Riigikantselei, lk 26
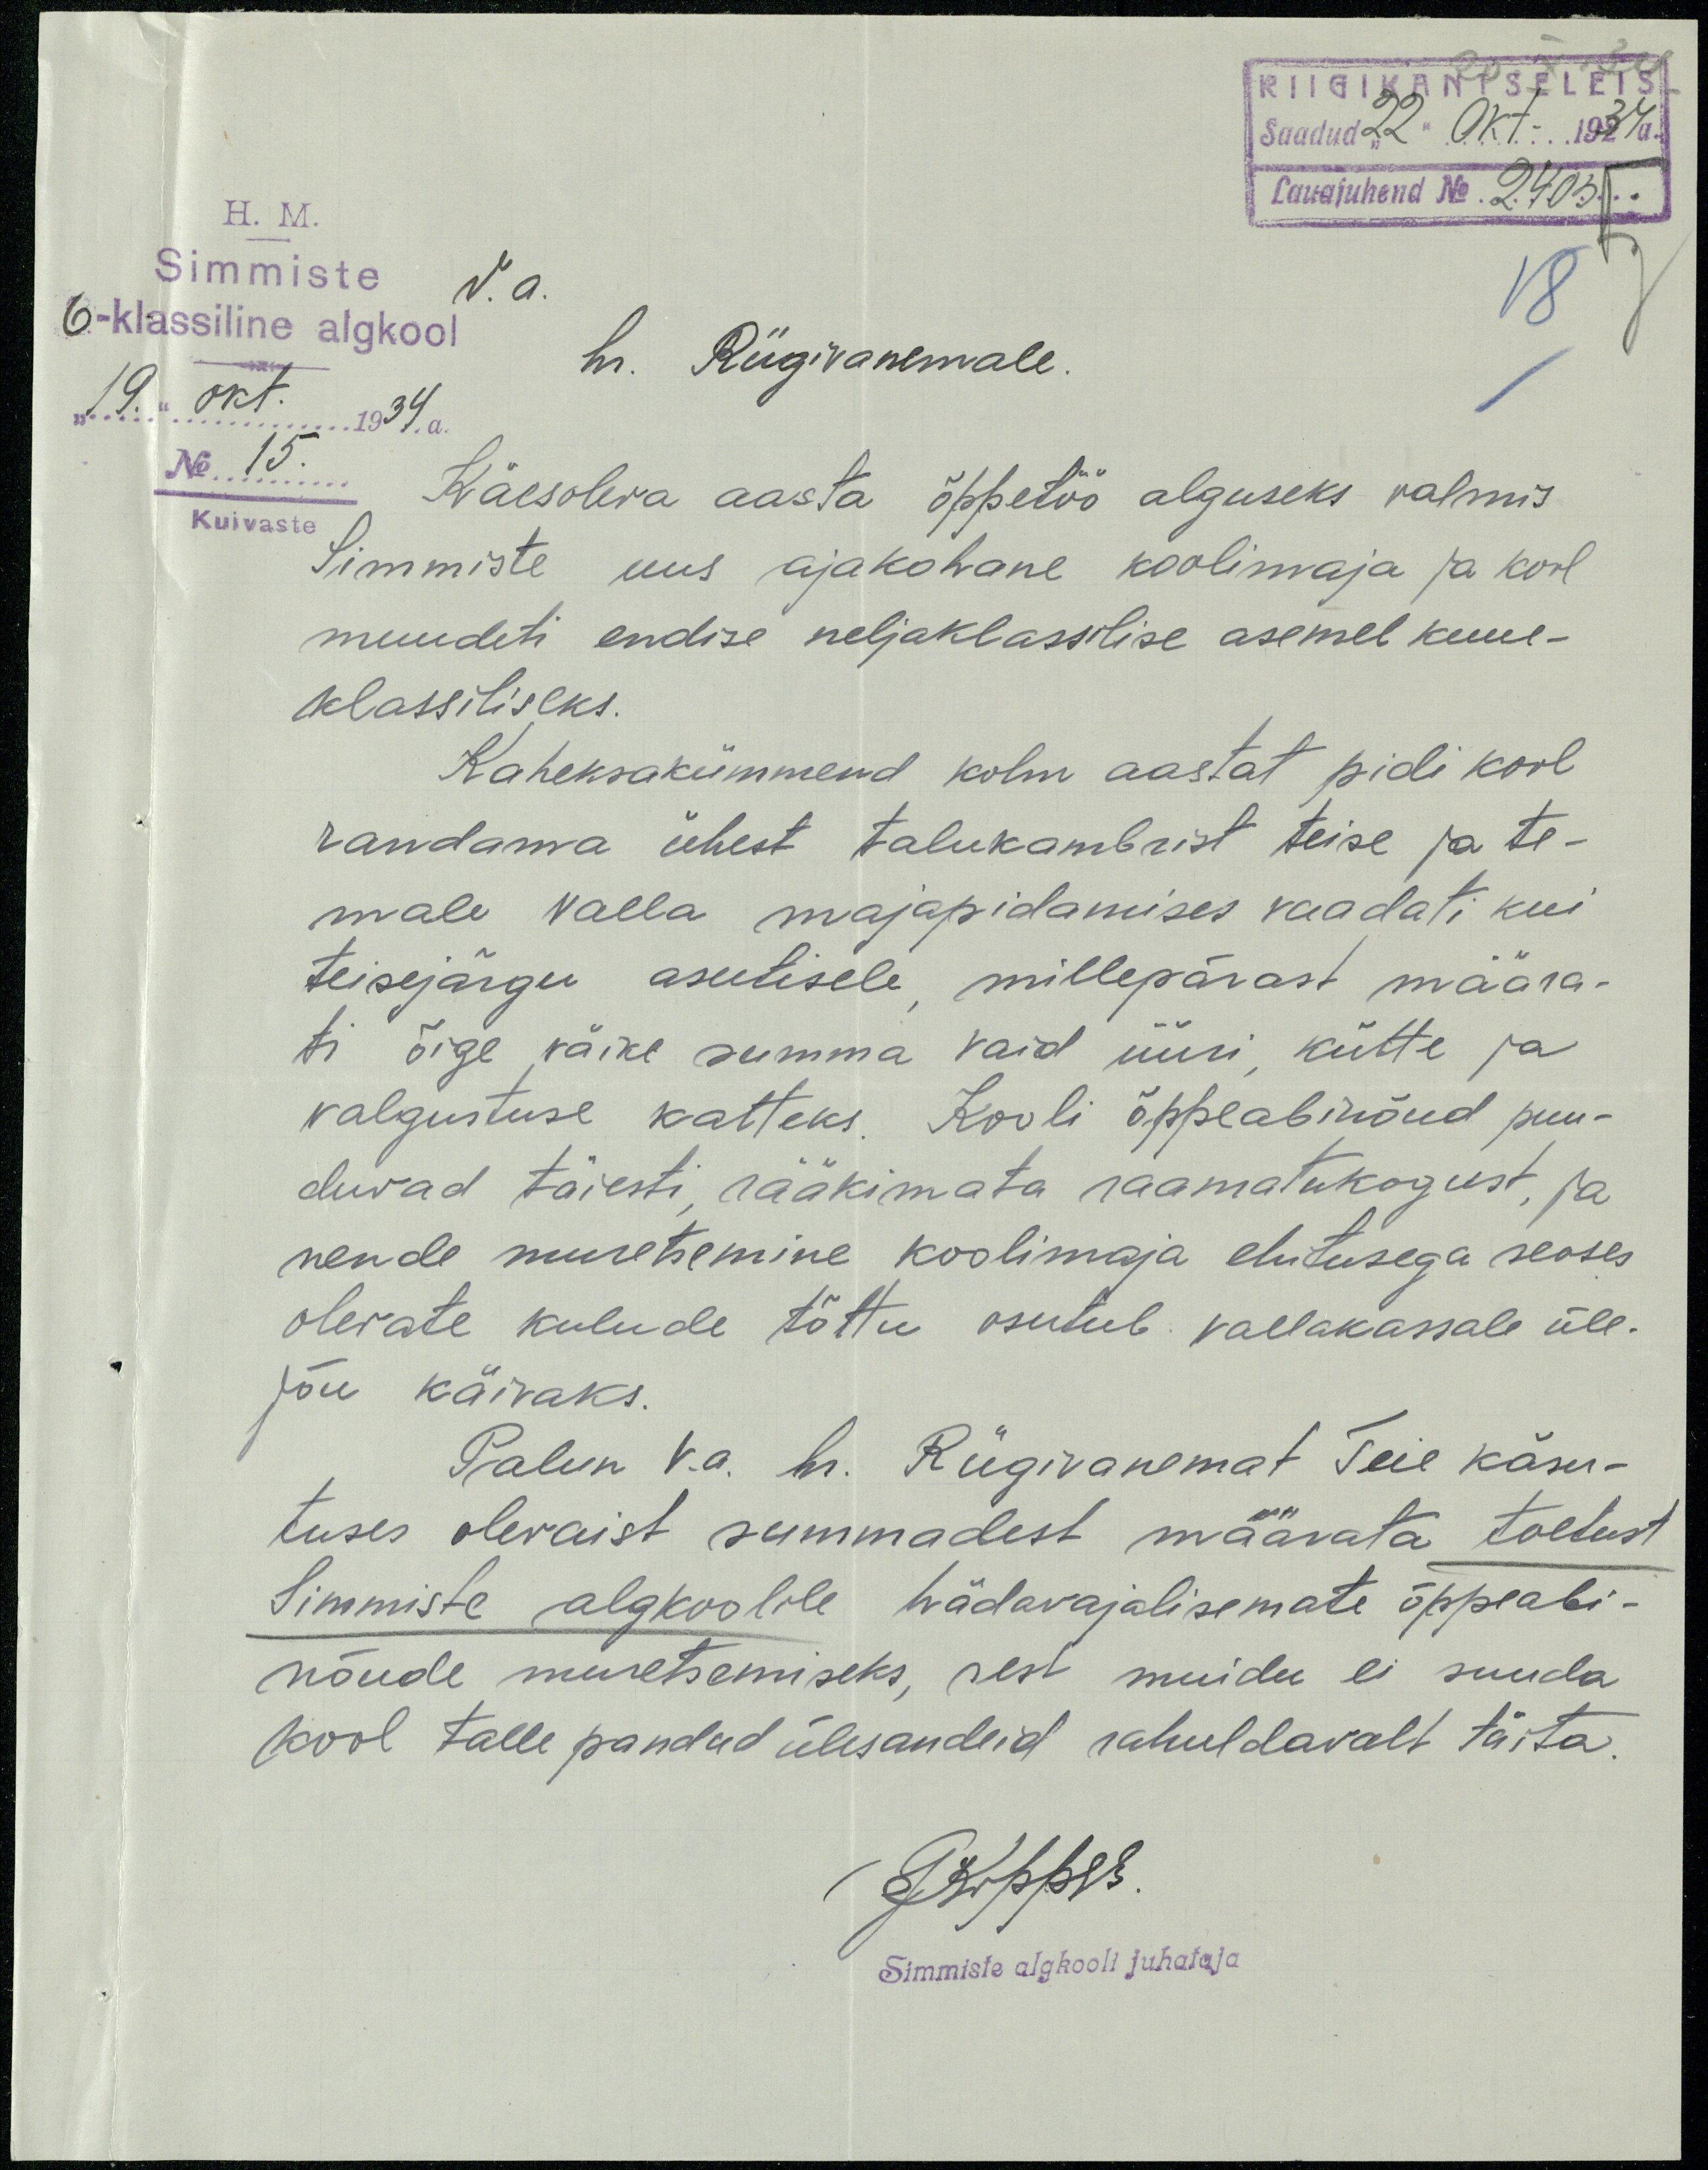
RIIGIKANTSELEIS
Saadud "22" Okt. 1934a.
Lauajuhend No. 2403
H. M.
Simmiste V.a
6-klassiline algkool
19. okt. 1934.a.
No 15.
Kuivaste
hr. Riigivanemale.
Käesoleva aasta õppetöö alguseks valmis
Simmiste uus ajakohane koolimaja ja kool
muudeti endise neljaklassilise asemel kuue-
klassiliseks.
Kaheksakümmend kolm aastat pidi kool
randama ühest talukambrist teise ja te-
male valla majapidamises vaadati kui
teisejärgu asutisele millepärast määra-
ti õige väike summa vaid üüri kütte ja
valgustuse katteks. Kooli õppeabinõud puu-
duvad täiesti rääkimata raamatukogust, ja
nende muretsemine koolimaja ehitusega seoses
olevate kulude tõttu osutub vallakassale üle-
jõu käivaks.
Palun v.a. hr. Riigivanemat Teie käsu-
tuses olevaist summadest määrata toetust
Simmiste algkoolile hädavajalisemate õppeabi-
nõude muretsemiseks, sest muidu ei suuda
kool talle pandud ülesandeid rahuldavalt täita.
Simmiste algkooli juhataja